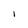
Character: 1